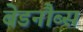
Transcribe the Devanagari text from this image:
बेडनौब्स